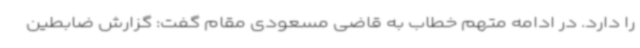
را دارد. در ادامه متهم خطاب به قاضی مسعودی مقام گفت: گزارش ضابطین